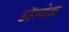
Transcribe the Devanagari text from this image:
डॉम्बेक